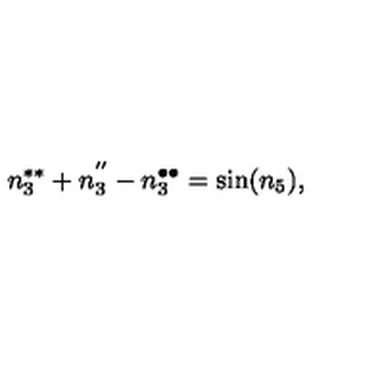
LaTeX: n _ { 3 } ^ { \ast \ast } + n _ { 3 } ^ { ^ { \prime \prime } } - n _ { 3 } ^ { \bullet \bullet } = \sin ( n _ { 5 } ) ,